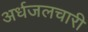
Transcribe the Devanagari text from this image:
अर्धजलचारी